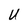
Character: U